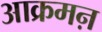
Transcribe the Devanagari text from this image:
आक्रमऩ